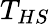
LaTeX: T_{HS}